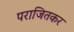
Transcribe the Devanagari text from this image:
पराजितकर